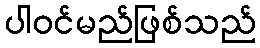
ပါဝင်မည်ဖြစ်သည်